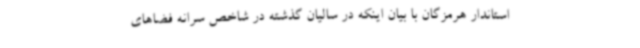
استاندار هرمزگان با بیان اینکه در سالیان گذشته در شاخص سرانه فضاهای